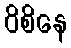
ဝိစိနေ